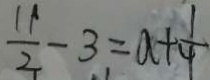
\frac { 1 1 } { 2 } - 3 = a + \frac { 1 } { 4 }